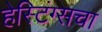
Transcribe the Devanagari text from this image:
हेस्टिंग्सचा